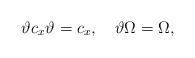
LaTeX: \begin{align*}\vartheta c_x \vartheta=c_x,\ \ \ \vartheta \Omega=\Omega,\end{align*}